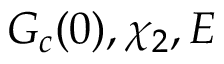
G _ { c } ( 0 ) , \chi _ { 2 } , E